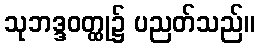
သုဘဒ္ဒဝတ္ထု၌ ပညတ်သည်။